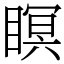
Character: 瞑